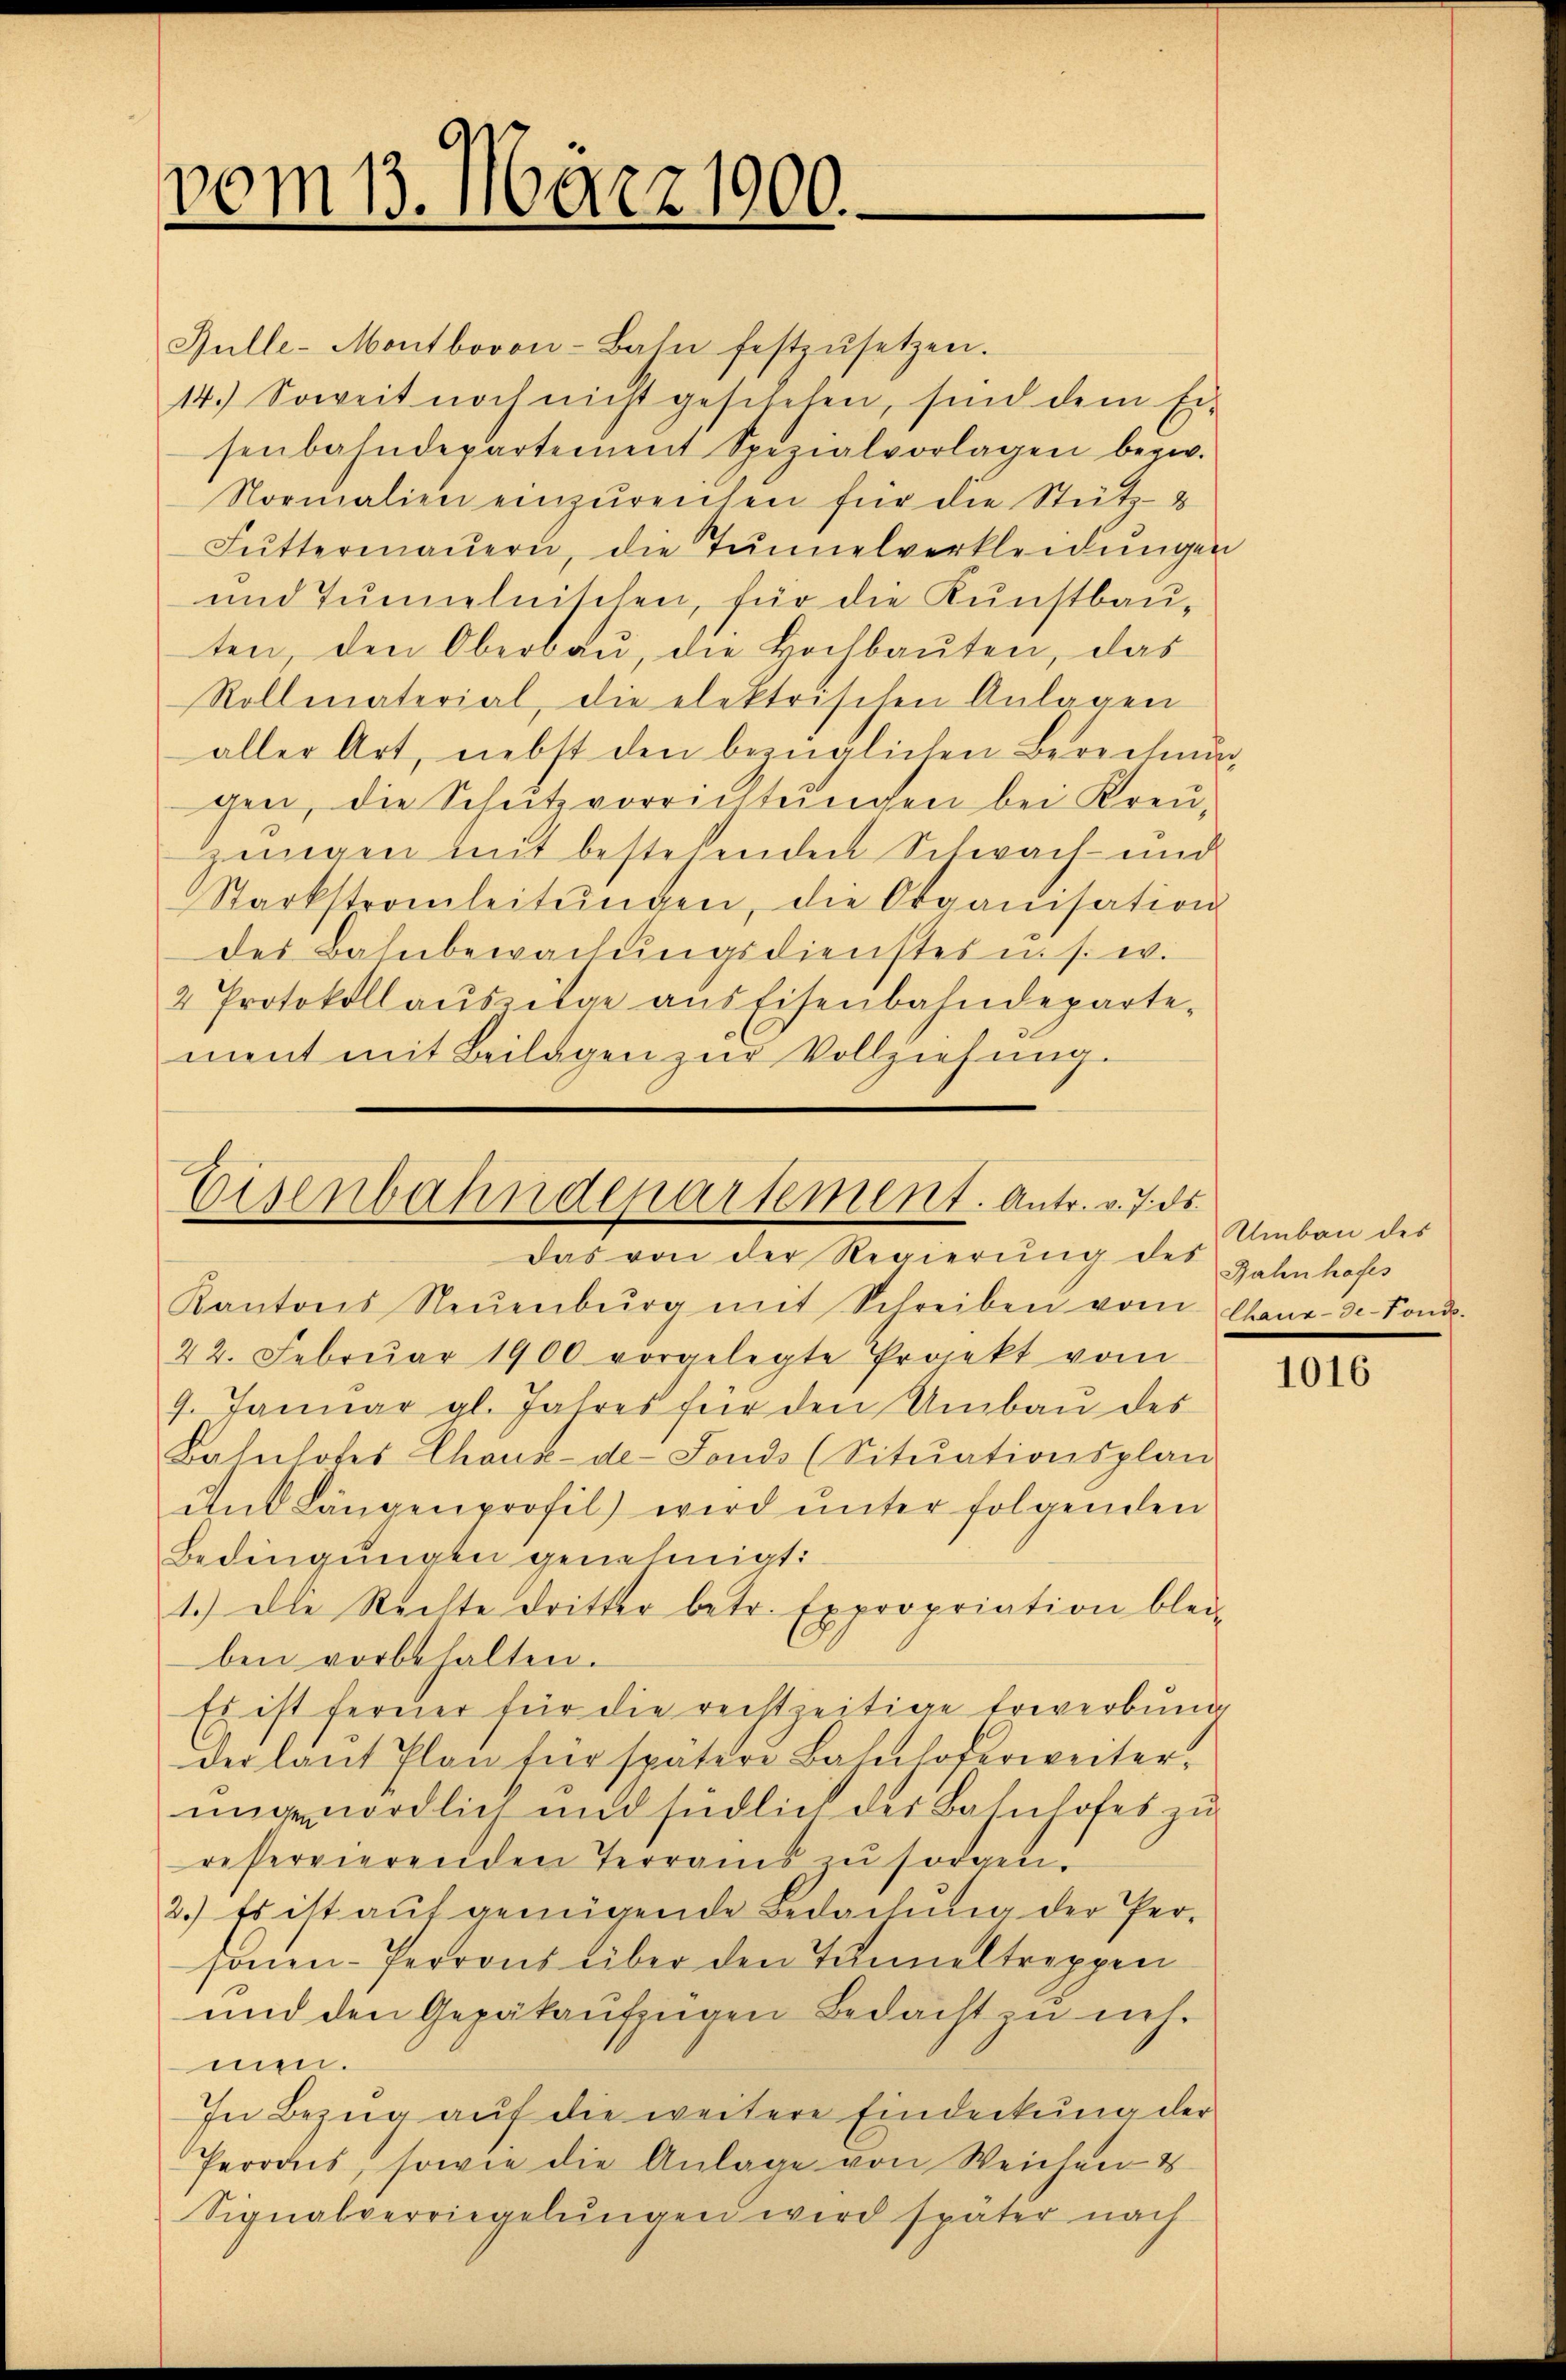
vom 13. März 1900.

Bulle-Montbovon-Baln festzŭsetzen.
14.) Soweit noch nicht geschehen, sind dem Ei-
senbahndeparteinent Spezialvorlagen bezw.
Normalien einzureichen für die Stütz-
Fŭttermaŭern, die Tunnelverkleidŭngen
und Tunnelnischen, für die Kunstbauten, den Oberbau, die Hochbauten, das
Rollmaterial, die elektrischen Anlagen
aller Art, nebst den bezüglichen Berechnung
gen, die Schutzvorrichtungen bei Kreuzungen mit bestehenden Schwach- und
Starkstrainleitŭngen, die Organisation
des Bahnbewachŭngsdienstes u. s. w.
2 Protokollaŭszitae aus Eisenbahndeparte-
ment mit Beilagen zur Vollziehung.

Eisenbahndepartement. Antr. v. 7. ds.
Das von der Regierung des

Umbau des
Rahnhofes

Kantons Neuenburg mit Schreiben vom Chaux-de-Fonde
22. Februar 1900 vorgelegte Projekt vom
9. Januar gl. Jahres für den Umbaŭ des
Bahnhofes Chaux-de-Fonds (Sitŭationsplan-
ŭnd Längenprofil wird ŭnter folgenden
Bedingungen genehmigt:
1.) Die Rechte dritter betr. Expropriation blei-
ben vorbehalten.
Es ist ferner für die rechtzeitige Erwerbung
der laŭt Plan für später Bahnhoferweiter,
unge nördlich und südlich der Bahnhofes zu
reservierenden Terrains zŭ sorgen.
3.) Es ist auf genügende Bedachung der Personen-Perrons über den Tunneltreppen
und den Gepäkaufzugen Bedacht zu nehmen.
In Bezug auf die weitere Eindeckung der
Perros, sowie die Anlage von Weichen &
Signalverriegelŭngen wird später nach

1016